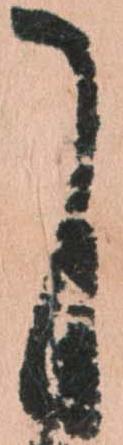
自